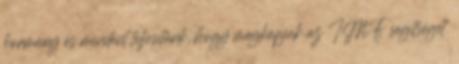
kormány és mindent teljesítünk, hogy megkapjuk az IMF segítséget.